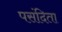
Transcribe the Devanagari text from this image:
पसंदिता